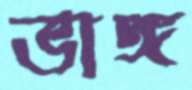
ভাঙ্গ